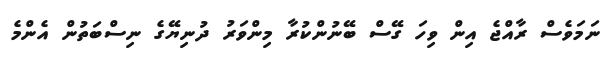
ނަމަވެސް ރާއްޖެ އިން ވިހަ ގޭސް ބޭނުންކުރާ މިންވަރު ދުނިޔޭގެ ނިސްބަތުން އެންމެ